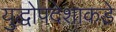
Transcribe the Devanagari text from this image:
युद्धोपदेशाकडे